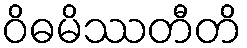
ဝိဓမိဿတီတိ